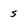
Character: 5